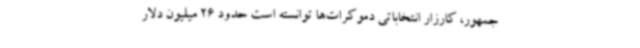
جمهور، کارزار انتخاباتی دموکرات‌ها توانسته است حدود 26 میلیون دلار